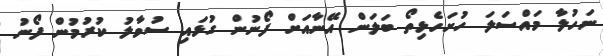
ނަހުލާ މައްސަލަ ހުށަހެޅިތޯ ބަލަން އޭނާއަށް ފޯނުން ގުޅައި ސުވާލު ކުރުމުން ފޯނު